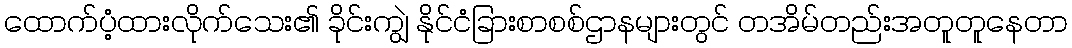
ထောက်ပံ့ထားလိုက်သေး၏ ခိုင်းကျွဲ နိုင်ငံခြားစာစစ်ဌာနများတွင် တအိမ်တည်းအတူတူနေတာ